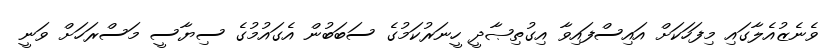
ވެނެޒުއެލާގައި މިފަހަކަށް އައިސްފައިވާ އިގުތިޞާދީ ހީނަރުކަމުގެ ސަބަބުން އެގައުމުގެ ސިޔާސީ މަސްރަހަށް ވަނީ